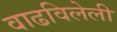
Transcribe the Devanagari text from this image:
वाढविलेली